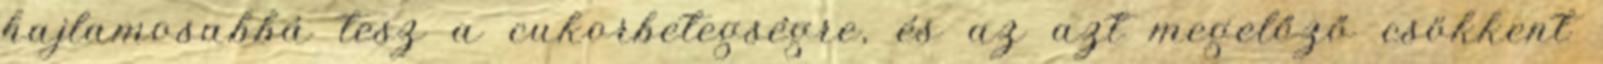
hajlamosabbá tesz a cukorbetegségre, és az azt megelőző csökkent